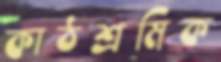
কাঠশ্রমিক